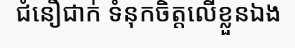
ជំនឿជាក់ ទំនុកចិត្តលើខ្លួនឯង